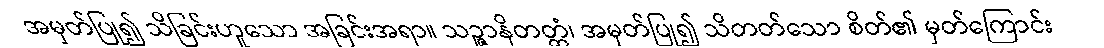
အမှတ်ပြု၍ သိခြင်းဟူသော အခြင်းအရာ။ သဉ္ဇာနိတတ္တံ၊ အမှတ်ပြု၍ သိတတ်သော စိတ်၏ မှတ်ကြောင်း